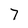
Character: 7